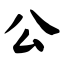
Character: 公